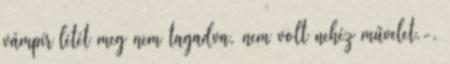
vámpír létét meg nem tagadva, nem volt nehéz művelet.-.